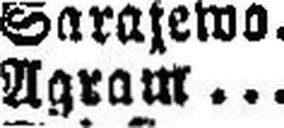
Agram